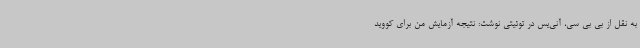
به نقل از بی بی سی، آنی‌یس در توئیتی نوشت: نتیجه آزمایش من برای کووید